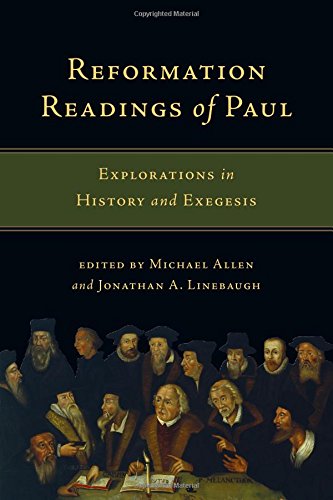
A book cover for Reformation Readings of Paul: Explorations in History and Exegesis; Christian Books & Bibles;